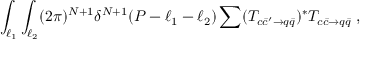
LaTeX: \int _ { \ell _ { 1 } } \int _ { \ell _ { 2 } } ( 2 \pi ) ^ { N + 1 } \delta ^ { N + 1 } ( P - \ell _ { 1 } - \ell _ { 2 } ) \sum ( { \cal T } _ { c \bar { c } ^ { \prime } \to q \bar { q } } ) ^ { * } { \cal T } _ { c \bar { c } \to q \bar { q } } \; ,